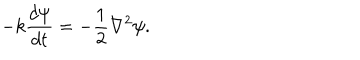
LaTeX: - k \frac { d \psi } { d t } = - \frac { 1 } { 2 } \nabla ^ { 2 } \psi .